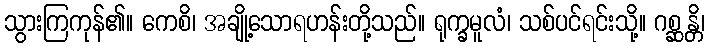
သွားကြကုန်၏။ ကေစိ၊ အချို့သောရဟန်းတို့သည်။ ရုက္ခမူလံ၊ သစ်ပင်ရင်းသို့။ ဂစ္ဆန္တိ၊